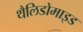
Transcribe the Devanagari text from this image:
थैलिडोमाइड